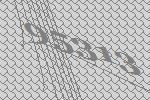
95313